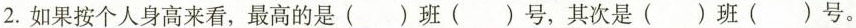
2.如果按个人身高来看，最高的是()班()号，其次是()班()号。